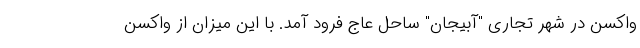
واکسن در شهر تجاری "آبیجان" ساحل عاج فرود آمد. با این میزان از واکسن